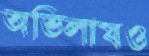
অভিলাষও